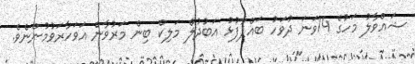
ޝައްވާލު މަހުގެ 14ވަނަ ދުވަހު ބައްޕާފުޅު އަބުދުލް މަލިކް ބިން މަރުވާން އަވަހާރަވުމުންނެވެ.